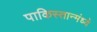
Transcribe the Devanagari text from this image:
पाकिस्तान्मंध्ये